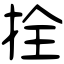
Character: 拴